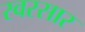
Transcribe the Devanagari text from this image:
स्वरसार